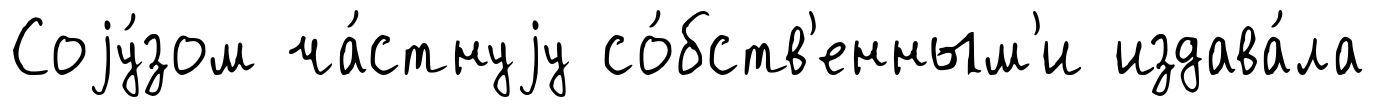
Соjу́зом ча́стнуjу со́бств'енным'и издава́ла